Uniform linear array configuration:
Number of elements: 32
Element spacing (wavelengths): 0.5
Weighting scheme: blackman
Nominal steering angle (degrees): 60
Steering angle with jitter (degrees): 61.944
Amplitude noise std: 0.05
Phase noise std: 0.05

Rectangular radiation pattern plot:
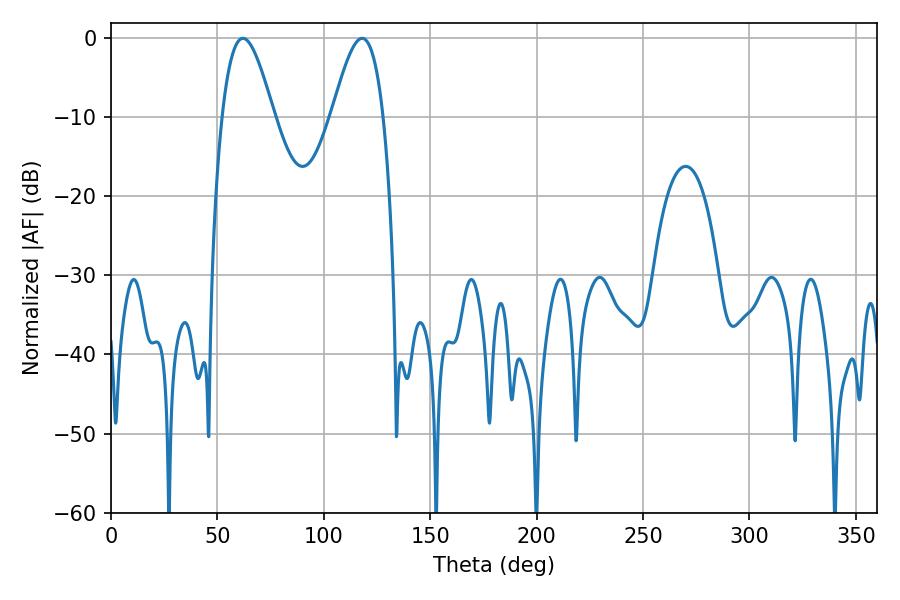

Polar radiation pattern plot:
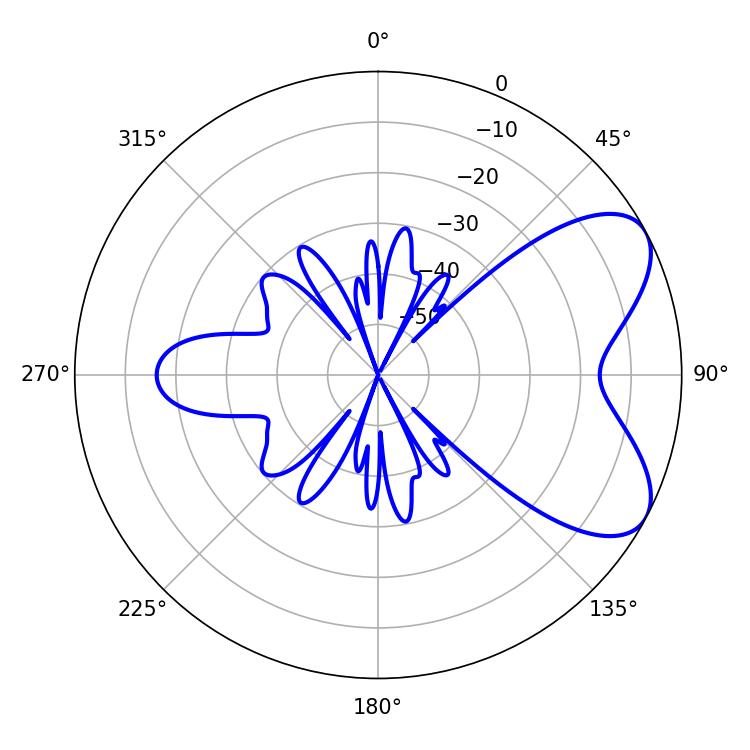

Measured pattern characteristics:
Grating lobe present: FALSE
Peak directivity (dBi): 6.512
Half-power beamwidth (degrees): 13.14
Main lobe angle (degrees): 61.92